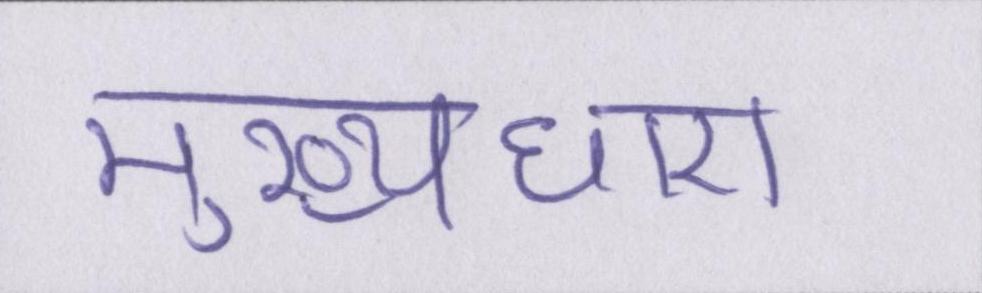
मुख्यधारा